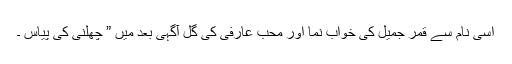
اسی نام سے قمر جمیل کی خواب نما اور محب عارفی کی گل آگہی بعد میں ” چھلنی کی پیاس ۔